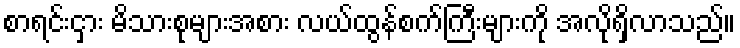
စာရင်းငှား မိသားစုများအစား လယ်ထွန်စက်ကြီးများကို အလိုရှိလာသည်။